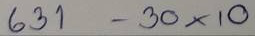
631 - 30 x 10